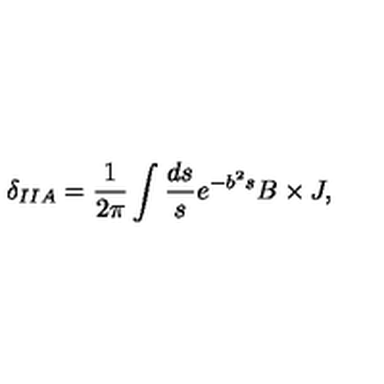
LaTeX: \delta _ { I I A } = \frac { 1 } { 2 \pi } \int \frac { d s } { s } e ^ { - b ^ { 2 } s } B \times J ,